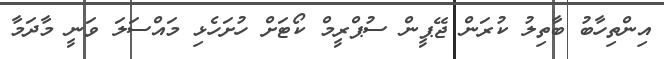
އިންތިހާބު ބާތިލު ކުރަން ޖޭޕީން ސުޕްރީމް ކޯޓަށް ހުށަހެޅި މައްސަލަ ވަނީ މާދަމާ